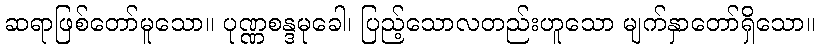
ဆရာဖြစ်တော်မူသော။ ပုဏ္ဏစန္ဒမုခေါ၊ ပြည့်သောလတည်းဟူသော မျက်နှာတော်ရှိသော။